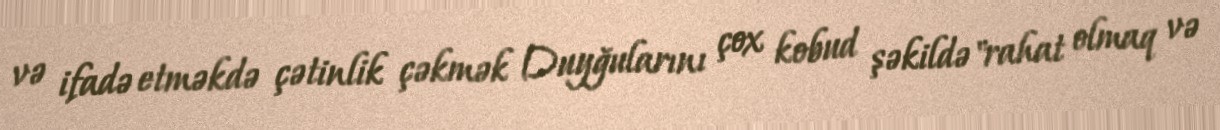
və ifadə etməkdə çətinlik çəkmək Duyğularını çox kobud şəkildə "rahat olmaq və